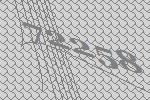
72258